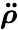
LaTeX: \boldsymbol{\ddot{\rho}}